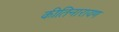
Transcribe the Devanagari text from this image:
कीतिनारायण